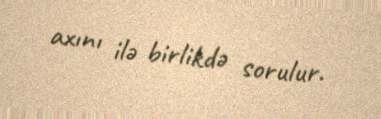
axını ilə birlikdə sorulur.